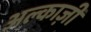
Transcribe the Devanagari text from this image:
अल्काज़ी